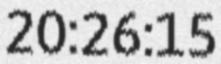
20:26:15